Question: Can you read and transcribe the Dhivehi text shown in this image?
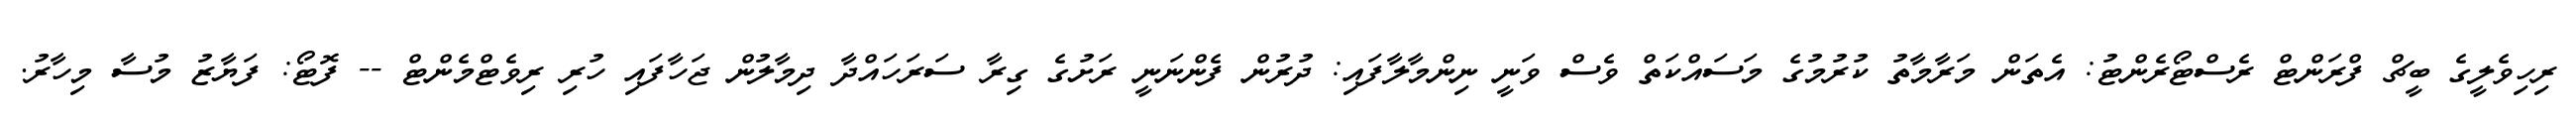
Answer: ރިހިވެލީގެ ބީޗް ފްރަންޓް ރެސްޓޯރެންޓު: އެތަން މަރާމާތު ކުރުމުގެ މަސައްކަތް ވެސް ވަނީ ނިންމާލާފައި: ދުރުން ފެންނަނީ ރަށުގެ ގިރާ ސަރަހައްދާ ދިމާލުން ޖަހާފައި ހުރި ރިވެޓްމެންޓް -- ފޮޓޯ: ފަޔާޒު މުސާ މިހާރު.